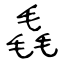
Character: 毳